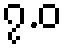
၇.ဝ